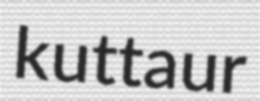
kuttaur